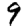
Digit: 9